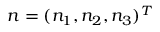
\boldsymbol { n } = ( n _ { 1 } , n _ { 2 } , n _ { 3 } ) ^ { T }